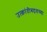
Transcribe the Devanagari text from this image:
उत्क्रांतीबद्दलच्या